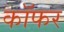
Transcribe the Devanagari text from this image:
कॉफर